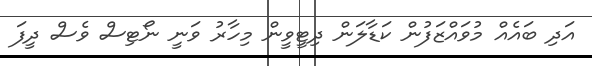
އަދި ބައެއް މުވައްޒަފުން ކަޑާލަން ދިޓީވީން މިހާރު ވަނީ ނޯޓިސް ވެސް ދީފަ